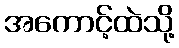
အကောင့်ထဲသို့